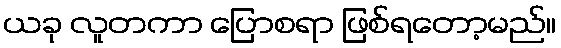
ယခု လူတကာ ပြောစရာ ဖြစ်ရတော့မည်။